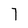
Character: 7